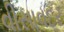
વીસાવદર